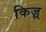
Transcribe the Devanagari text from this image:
किज़्र